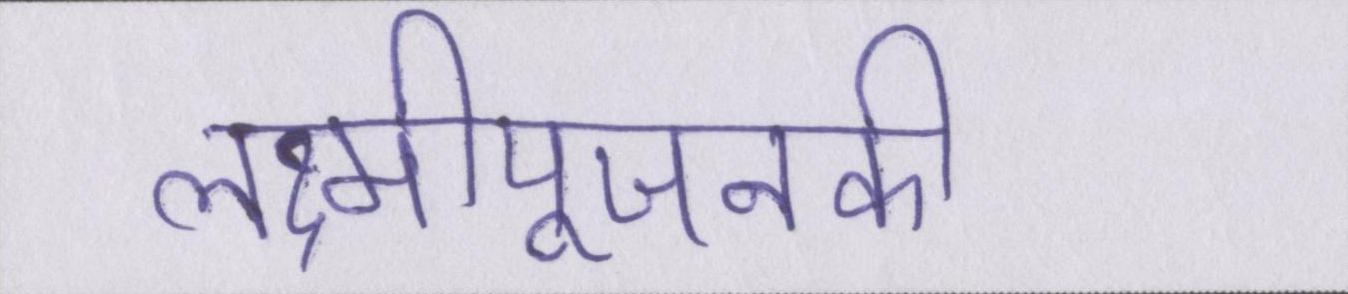
लक्ष्मीपूजनकी